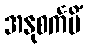
အနုစင်္ကမိံ